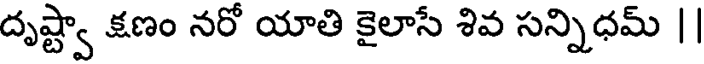
దృష్ట్వా క్షణం నరో యాతి కైలాసే శివ సన్నిధమ్ ||